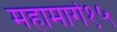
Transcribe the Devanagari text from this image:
महामार्ग१५